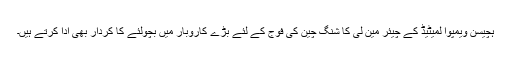
ہچیسن ویمپوا لمیٹیڈ کے چیئر مین لی کا شنگ چین کی فوج کے لئے بڑے کاروبار میں بچولئے کا کردار بھی ادا کرتے ہیں۔